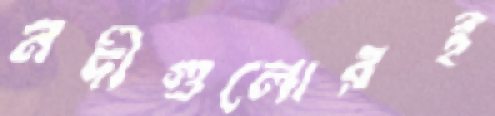
নদীগুলোরই